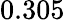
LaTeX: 0.305